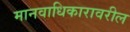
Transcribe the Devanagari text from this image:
मानवाधिकारावरील